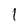
Character: 1